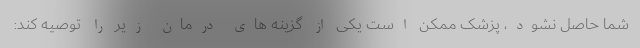
شما حاصل نشود، پزشک ممکن است یکی از گزینه های درمان زیر را توصیه کند: